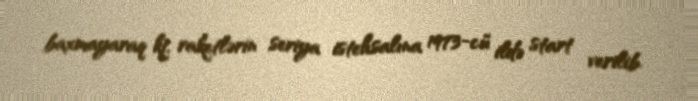
baxmayaraq ki, raketlərin seriya istehsalına 1973-cü ildə start verilib.